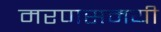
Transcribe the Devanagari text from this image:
मरणसमयी